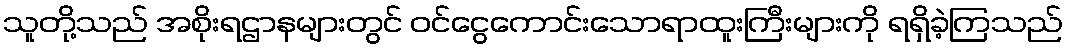
သူတို့သည် အစိုးရဌာနများတွင် ဝင်ငွေကောင်းသောရာထူးကြီးများကို ရရှိခဲ့ကြသည်